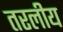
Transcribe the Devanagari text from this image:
तरलीय